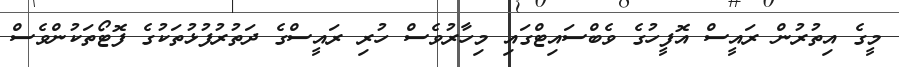
މީގެ އިތުރުން ރައީސް އޮފީހުގެ ވެބްސައިޓްގައި މިހާރުވެސް ހުރި ރައީސްގެ ދަތުރުފުޅުތަކުގެ ފޮޓޯތަކުންވެސް